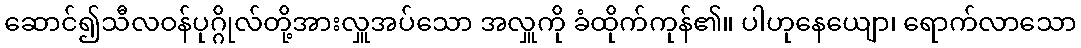
ဆောင်၍သီလဝန်ပုဂ္ဂိုလ်တို့အားလှူအပ်သော အလှူကို ခံထိုက်ကုန်၏။ ပါဟုနေယျော၊ ရောက်လာသော